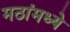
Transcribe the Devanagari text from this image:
मठांमध्ये